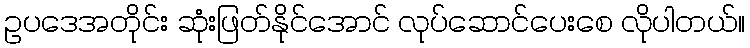
ဥပဒေအတိုင်း ဆုံးဖြတ်နိုင်အောင် လုပ်ဆောင်ပေးစေ လိုပါတယ်။